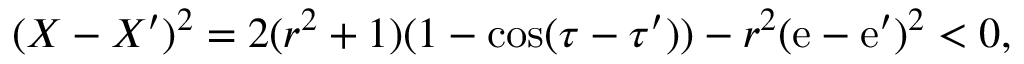
( X - X ^ { \prime } ) ^ { 2 } = 2 ( r ^ { 2 } + 1 ) ( 1 - \cos ( \tau - \tau ^ { \prime } ) ) - r ^ { 2 } ( \mathrm { e } - \mathrm { e } ^ { \prime } ) ^ { 2 } < 0 ,